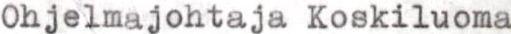
Ohjelmajohtaja Koskiluoma